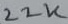
Text: 22K